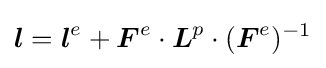
{\boldsymbol {l}}={\boldsymbol {l}}^{e}+{\boldsymbol {F}}^{e}\cdot {\boldsymbol {L}}^{p}\cdot ({\boldsymbol {F}}^{e})^{-1}